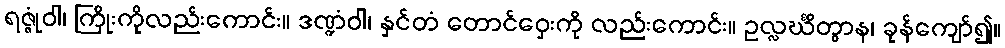
ရဇ္ဇုံဝါ၊ ကြိုးကိုလည်းကောင်း။ ဒဏ္ဍံဝါ၊ နှင်တံ တောင်ဝှေးကို လည်းကောင်း။ ဥလ္လင်္ဃိတွာန၊ ခုန်ကျော်၍။